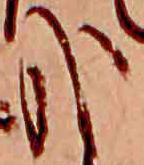
哉